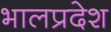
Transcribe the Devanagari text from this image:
भालप्रदेश